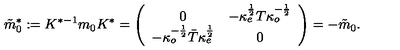
\tilde { m } _ { 0 } ^ { \ast } : = K ^ { \ast - 1 } m _ { 0 } K ^ { \ast } = \left( \begin{array} { c c } { 0 } & { - \kappa _ { e } ^ { \frac { 1 } { 2 } } T \kappa _ { o } ^ { - { \frac { 1 } { 2 } } } } \\ { - \kappa _ { o } ^ { - { \frac { 1 } { 2 } } } \bar { T } \kappa _ { e } ^ { \frac { 1 } { 2 } } } & { 0 } \\ \end{array} \right) = - \tilde { m } _ { 0 } .